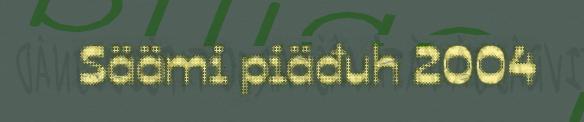
Säämi piäđuh 2004